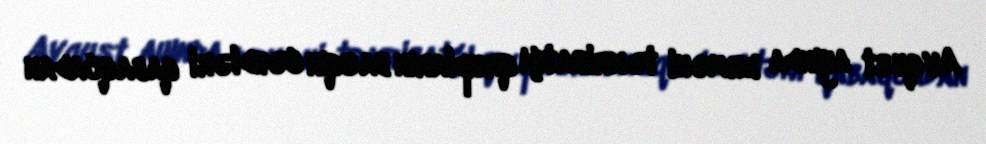
Avqust ayında erməni təxribatçı qrupların basqın cəhdləri qabaqcadan